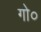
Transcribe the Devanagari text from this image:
गो०